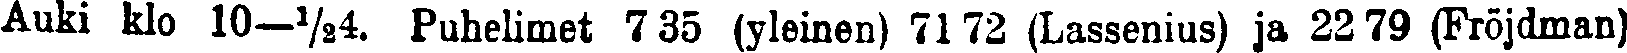
Auki klo 10—½4. Puhelimet 7 35 (yleinen) 71 72 (Lassenius) ja 22 79 (Fröjdman)